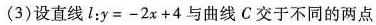
(3)设直线L：$$y = - 2 x + 4$$ 与曲线C交于不同的两点